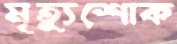
মৃত্যুশোক